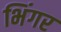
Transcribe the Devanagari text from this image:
भिंगर